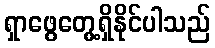
ရှာဖွေတွေ့ရှိနိုင်ပါသည်